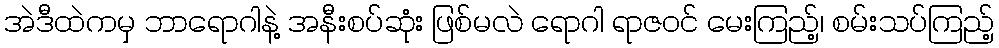
အဲဒီထဲကမှ ဘာရောဂါနဲ့ အနီးစပ်ဆုံး ဖြစ်မလဲ ရောဂါ ရာဇဝင် မေးကြည့်၊ စမ်းသပ်ကြည့်